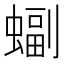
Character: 𫋖